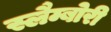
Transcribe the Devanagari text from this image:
स्लैम्बोरी